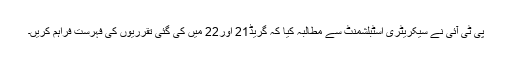
پی ٹی آئی نے سیکریٹری اسٹبلشمنٹ سے مطالبہ کیا کہ گریڈ21 اور22 میں کی گئی تقرریوں کی فہرست فراہم کریں۔